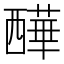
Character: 𧠁